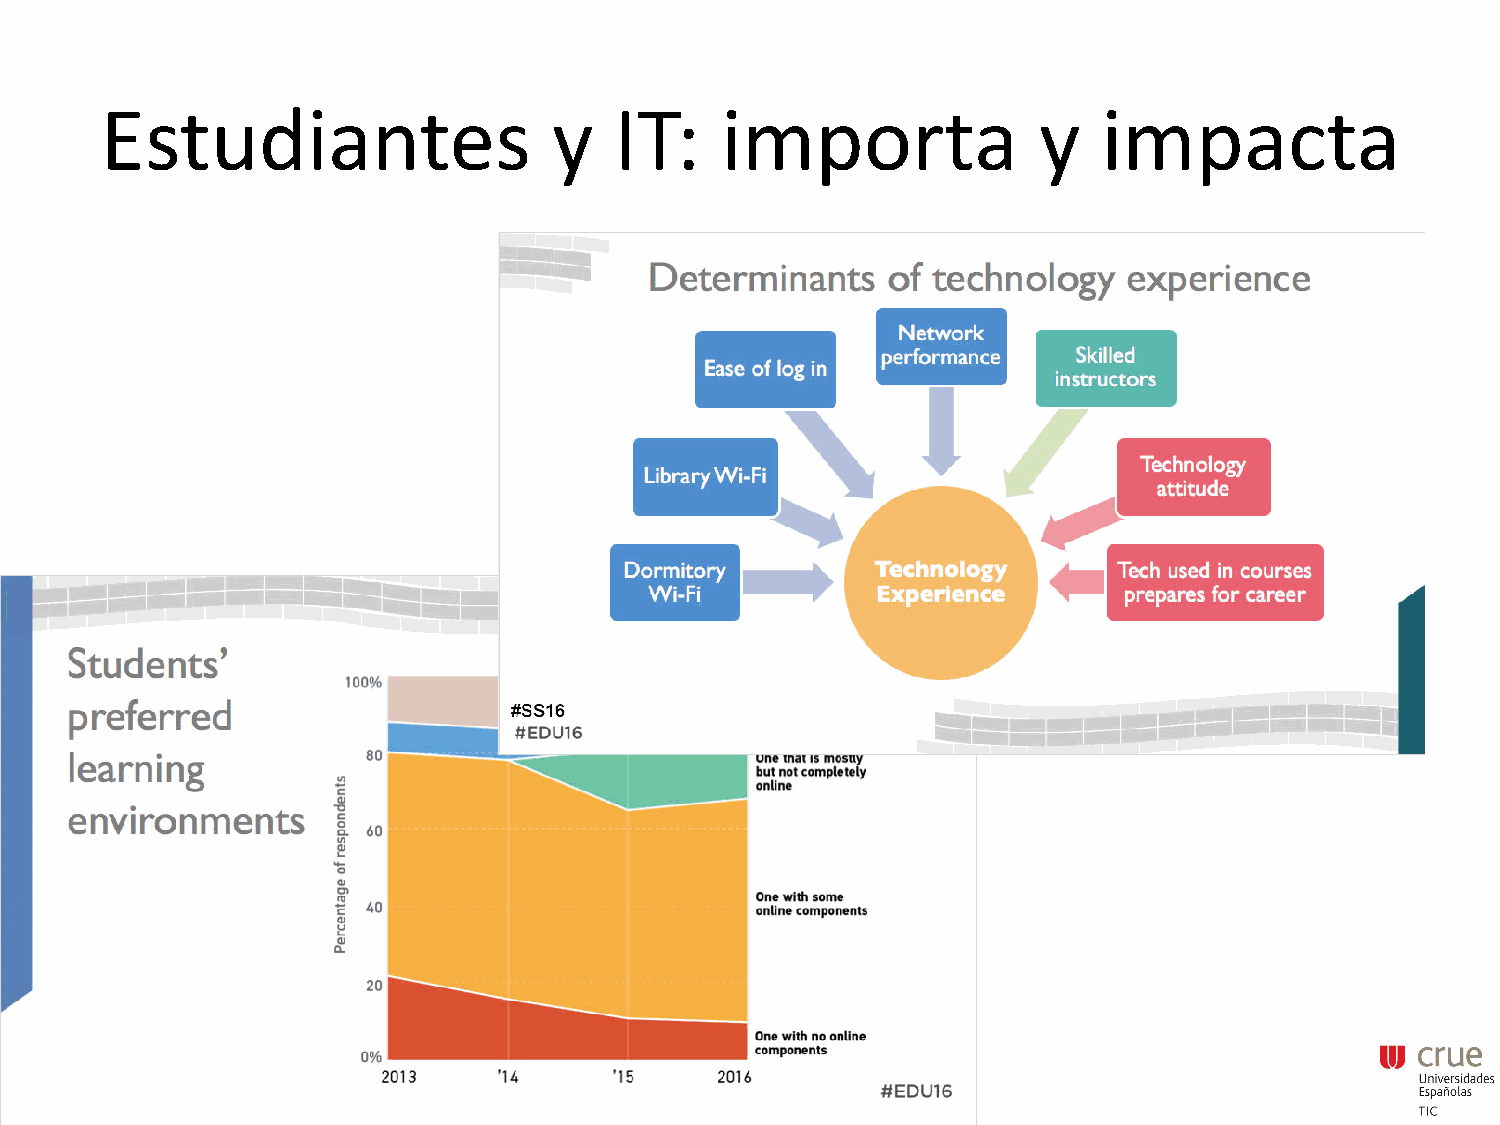
Estudiantes                   y   IT:    importa              y   impacta